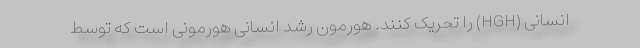
انسانی (HGH) را تحریک کنند. هورمون رشد انسانی هورمونی است که توسط